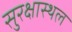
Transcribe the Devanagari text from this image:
सुरक्षास्थल